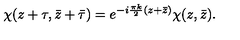
\chi ( z + \tau , \bar { z } + \bar { \tau } ) = e ^ { - i \frac { \pi k } { 2 } ( z + \bar { z } ) } \chi ( z , \bar { z } ) .